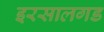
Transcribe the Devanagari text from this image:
इरसालगड